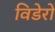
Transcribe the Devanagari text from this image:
विडेरो